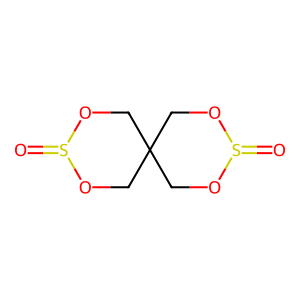
SMILES: O=S1OCC2(CO1)COS(=O)OC2
Inhibits HIV replication: No